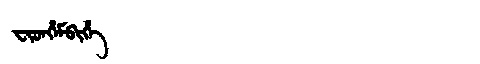
Manchu: ᠸᡳᡨᡥᡝᠮᠪᡳᡥᡝ
Romanization: FITHEMBIHE